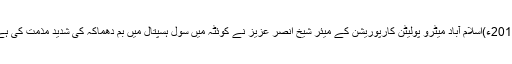
2016ء)اسلام آباد میٹرو پولیٹن کارپوریشن کے میئر شیخ انصر عزیز نے کوئٹہ میں سول ہسپتال میں بم دھماکہ کی شدید مذمت کی ہے۔